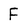
Character: F